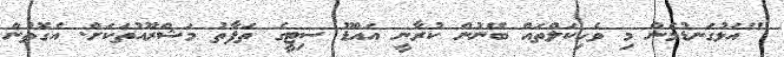
"އަޅުގަނޑުމެން މި ވެހިކަލްތައް ބޭނުން ކުރާނީ އައްޑޫ ސިޓީގެ ތަފާތު މަޝްރޫއުތަކަށް. އެގޮތުން